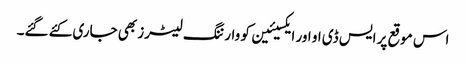
اس موقع پر ایس ڈی او اور ایکسیئین کو وارننگ لیٹرز بھی جاری کئے گئے۔